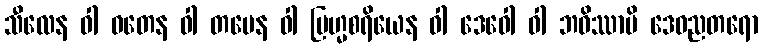
သီလေန ဝါ ဝတေန ဝါ တပေန ဝါ ဗြဟ္မစရိယေန ဝါ ဒေဝေါ ဝါ ဘဝိဿာမိ ဒေဝညတရော